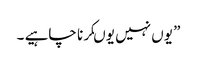
” یوں نہیں یوںکرنا چاہیے ۔